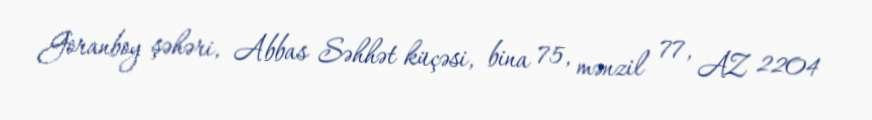
Goranboy şəhəri, Abbas Səhhət küçəsi, bina 75, mənzil 77, AZ 2204